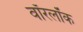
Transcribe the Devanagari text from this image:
वॉरलॉक